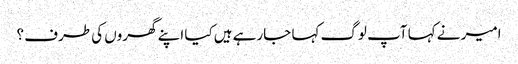
امیر نے کہا آپ لوگ کہا جارہے ہیں کیا اپنے گھروں کی طرف ؟